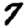
Digit: 7